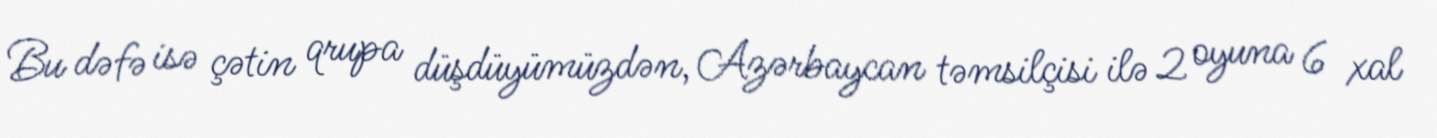
Bu dəfə isə çətin qrupa düşdüyümüzdən, Azərbaycan təmsilçisi ilə 2 oyuna 6 xal